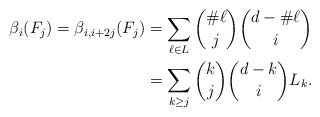
\begin{align*} \beta_i (F_j) = \beta_{i, i + 2j} (F_j) & = \sum_{\ell \in L} \binom{\# \ell}{j} \binom{d - \# \ell}{i} \\& = \sum_{k \ge j} \binom{k}{j} \binom{d-k}{i} L_k. \end{align*}